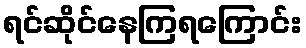
ရင်ဆိုင်နေကြရကြောင်း